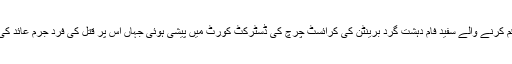
نیوزی لینڈ میں دہشت گردی کی بدترین تاریخ رقم کرنے والے سفید فام دہشت گرد برینٹن کی کرائسٹ چرچ کی ڈسٹرکٹ کورٹ میں پیشی ہوئی جہاں اس پر قتل کی فرد جرم عائد کی گئی اورپانچ اپریل تک ریمانڈ جاری کر دیا گیا۔